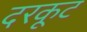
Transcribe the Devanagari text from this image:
दरकूट